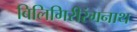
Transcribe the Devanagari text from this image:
बिलिगिरीरंगनाथ